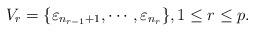
LaTeX: \begin{align*} V_r=\{\varepsilon_{n_{r-1}+1}, \cdots, \varepsilon_{n_{r}}\}, 1 \leq r \leq p.\end{align*}